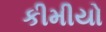
કીમીયો